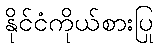
နိုင်ငံကိုယ်စားပြု